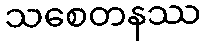
သစေတနဿ